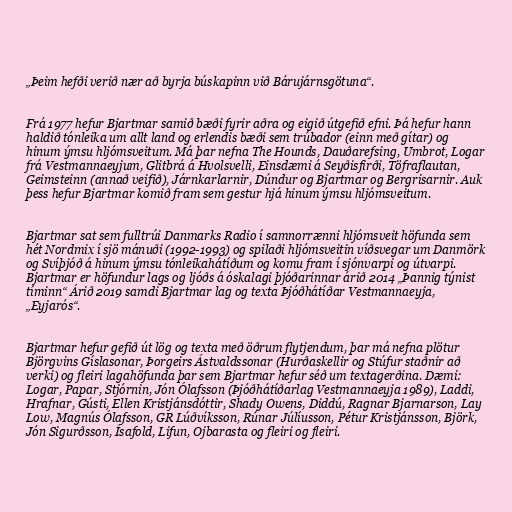
„Þeim hefði verið nær að byrja búskapinn við Bárujárnsgötuna“.

Frá 1977 hefur Bjartmar samið bæði fyrir aðra og eigið útgefið efni. Þá hefur hann
haldið tónleika um allt land og erlendis bæði sem trúbador (einn með gítar) og
hinum ýmsu hljómsveitum. Má þar nefna The Hounds, Dauðarefsing, Umbrot, Logar
frá Vestmannaeyjum, Glitbrá á Hvolsvelli, Einsdæmi á Seyðisfirði, Töfraflautan,
Geimsteinn (annað veifið), Járnkarlarnir, Dúndur og Bjartmar og Bergrisarnir. Auk
þess hefur Bjartmar komið fram sem gestur hjá hinum ýmsu hljómsveitum.

Bjartmar sat sem fulltrúi Danmarks Radio í samnorrænni hljómsveit höfunda sem
hét Nordmix í sjö mánuði (1992-1993) og spilaði hljómsveitin víðsvegar um Danmörk
og Svíþjóð á hinum ýmsu tónleikahátíðum og komu fram í sjónvarpi og útvarpi.
Bjartmar er höfundur lags og ljóðs á óskalagi þjóðarinnar árið 2014 „Þannig týnist
tíminn“ Árið 2019 samdi Bjartmar lag og texta Þjóðhátíðar Vestmannaeyja,
„Eyjarós“.

Bjartmar hefur gefið út lög og texta með öðrum flytjendum, þar má nefna plötur
Björgvins Gíslasonar, Þorgeirs Ástvaldssonar (Hurðaskellir og Stúfur staðnir að
verki) og fleiri lagahöfunda þar sem Bjartmar hefur séð um textagerðina. Dæmi:
Logar, Papar, Stjórnin, Jón Ólafsson (Þjóðhátíðarlag Vestmannaeyja 1989), Laddi,
Hrafnar, Gústi, Ellen Kristjánsdóttir, Shady Owens, Diddú, Ragnar Bjarnarson, Lay
Low, Magnús Ólafsson, GR Lúðvíksson, Rúnar Júlíusson, Pétur Kristjánsson, Björk,
Jón Sigurðsson, Ísafold, Lifun, Ojbarasta og fleiri og fleiri.